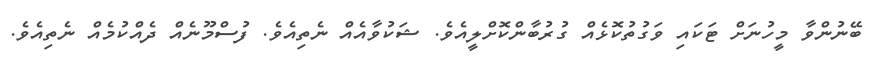
ބޭނުންވާ މީހުނަށް ޓަކައި ވަގުތުކޮޅެއް ގުރުބާންކޮށްލީއެވެ. ޝަކުވާއެއް ނެތިއެވެ. ފުސްމޫނެއް ދެއްކުމެއް ނެތިއެވެ.